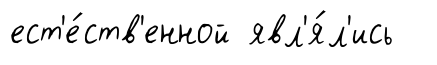
ест'е́ств'енной явл'я́л'ись